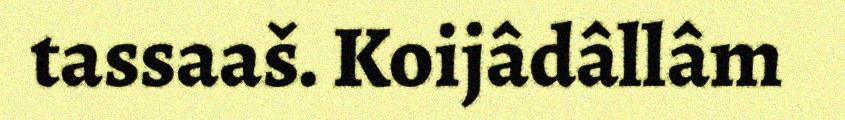
tassaaš. Koijâdâllâm